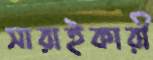
সারাইকারী